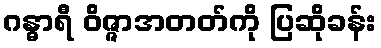
ဂန္ဓာရီ ဝိဇ္ဇာအတတ်ကို ပြဆိုခန်း